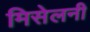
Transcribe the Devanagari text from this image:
मिसेलनी